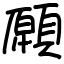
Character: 願